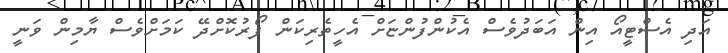
އަދި އެސްޓީއޯ އިން އަބަދުވެސް އެކުންފުންޏަށް އެހީތެރިކަން ފޯރުކޮށްދޭ ކަމަށްވެސް ޔާމިން ވަނީ